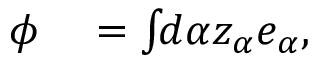
\begin{array} { r l } { \phi } & { { } = \int \! \! d \alpha z _ { \alpha } e _ { \alpha } , } \end{array}